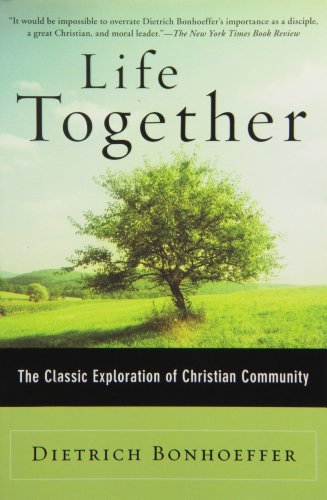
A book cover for Life Together: The Classic Exploration of Christian in Community; Dietrich Bonhoeffer; History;